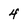
Character: 4